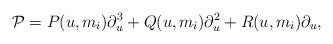
LaTeX: \begin{align*}{\cal P}={P}(u,m_i)\partial_u^3+{Q}(u,m_i)\partial_u^2+{R}(u,m_i)\partial_u,\end{align*}